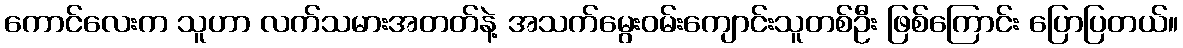
ကောင်လေးက သူဟာ လက်သမားအတတ်နဲ့ အသက်မွေးဝမ်းကျောင်းသူတစ်ဦး ဖြစ်ကြောင်း ပြောပြတယ်။